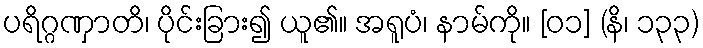
ပရိဂ္ဂဏှာတိ၊ ပိုင်းခြား၍ ယူ၏။ အရူပံ၊ နာမ်ကို။ [၀၁] (နိ၊ ၁၃၃)